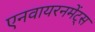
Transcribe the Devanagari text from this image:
एनवायरनमेंट्स